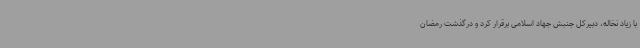
با زیاد نخاله،‌ دبیرکل جنبش جهاد اسلامی برقرار کرد و درگذشت رمضان